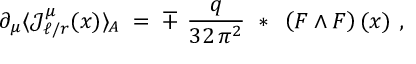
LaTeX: \partial _ { \mu } \langle { \mathcal J } _ { \ell / r } ^ { \mu } ( x ) \rangle _ { A } \; = \; \mp \ \frac { q } { 3 2 \, \pi ^ { 2 } } ~ * ~ \left( F \wedge F \right) ( x ) ~ ,